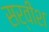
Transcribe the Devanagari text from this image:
सर्वीश